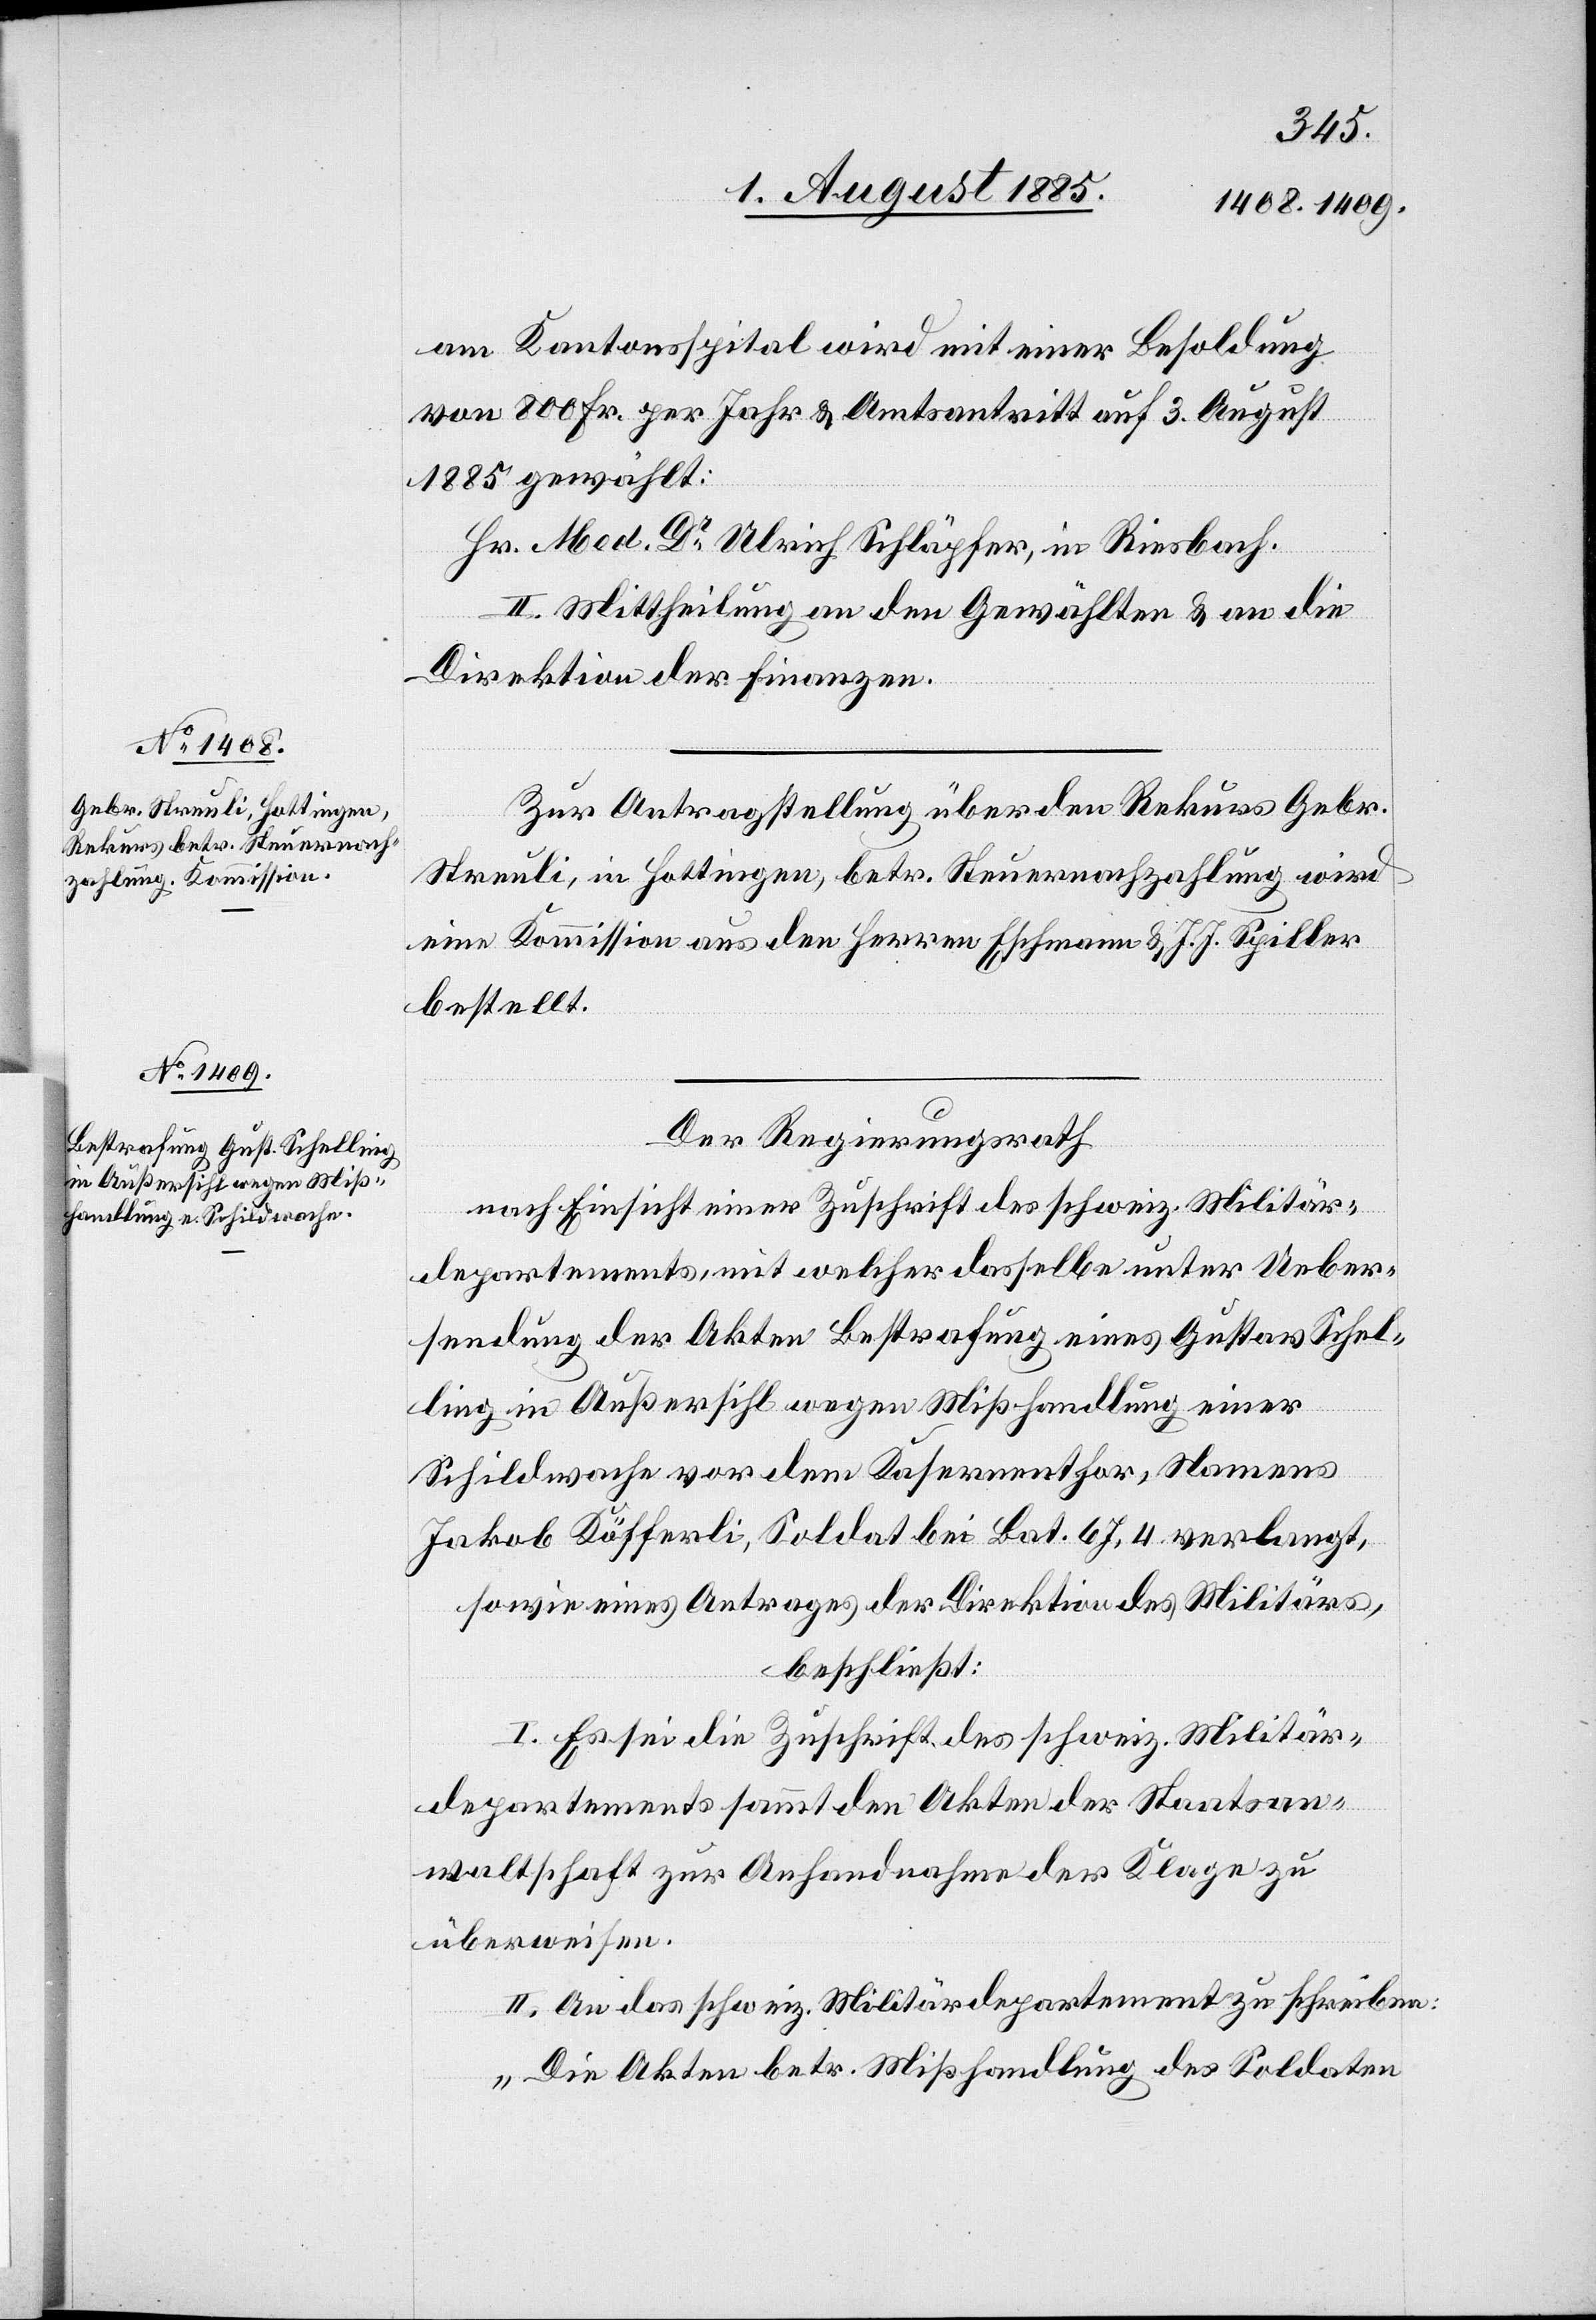
am Kantonsspital wird mit einer Besoldung
von 800 Fr. per Jahr & Amtsantritt auf 3. August
1885 gewählt:
Hr. Med. Dr Ulrich Schläpfer, in Riesbach.
II. Mittheilung an den Gewählten & an die
Direktion der Finanzen.
Zur Antragstellung über den Rekurs Gebr.
Streuli, in Hottingen, betr. Steuernachzahlung wird
eine Kommission aus den Herren Eschmann & J. J. Spiller
bestellt.
Der Regierungsrath
nach Einsicht einer Zuschrift des schweiz. Militär¬
departements, mit welcher dasselbe unter Ueber¬
sendung der Akten Bestrafung eines Gustav Schel¬
ling in Außersihl wegen Mißhandlung einer
Schildwache vor dem Kasernenthor, Namens
Jakob Köfferli, Soldat bei Bat. 67,4 verlangt,
sowie eines Antrages der Direktion des Militärs,
beschließt:
I. Es sei die Zuschrift des schweiz. Militär¬
departements sammt den Akten der Staatsan¬
waltschaft zur Anhandnahme der Klage zu
überweisen.
II. An das schweiz. Militärdepartement zu schreiben:
„Die Akten betr. Mißhandlung des Soldaten